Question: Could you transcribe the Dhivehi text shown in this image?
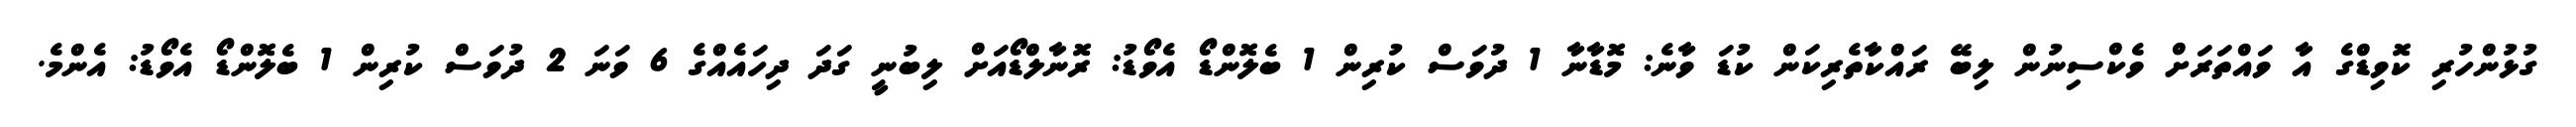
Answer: ގުޅުންހުރި ކޮވިޑްގެ އާ ވައްތަރަށް ވެކްސިނުން ލިބޭ ރައްކާތެރިކަން ކުޑަ ވާނެ: މޮޑާނާ 1 ދުވަސް ކުރިން 1 ބެލޮންޑޯ އެވޯޑު: ރޮނާލްޑޯއަށް ލިބުނީ ގަދަ ދިހައެއްގެ 6 ވަނަ 2 ދުވަސް ކުރިން 1 ބެލޮންޑޯ އެވޯޑު: އެންމެ.